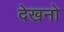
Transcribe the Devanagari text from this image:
देखनो